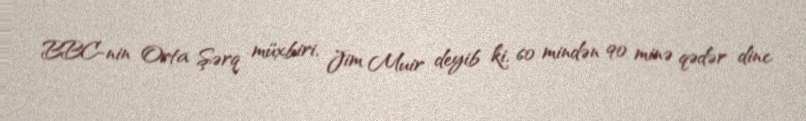
BBC-nin Orta Şərq müxbiri, Jim Muir deyib ki, 60 mindən 90 minə qədər dinc